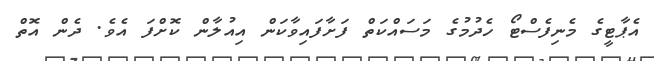
އެޕާޓީގެ މެނިފެސްޓޯ ހެދުމުގެ މަސައްކަތް ފަށާފައިވާކަން އިއުލާން ކޮށްފަ އެވެ. ދެން އޮތް